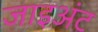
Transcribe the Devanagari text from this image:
जाइअंट